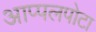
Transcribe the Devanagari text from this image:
आप्पलपोटा